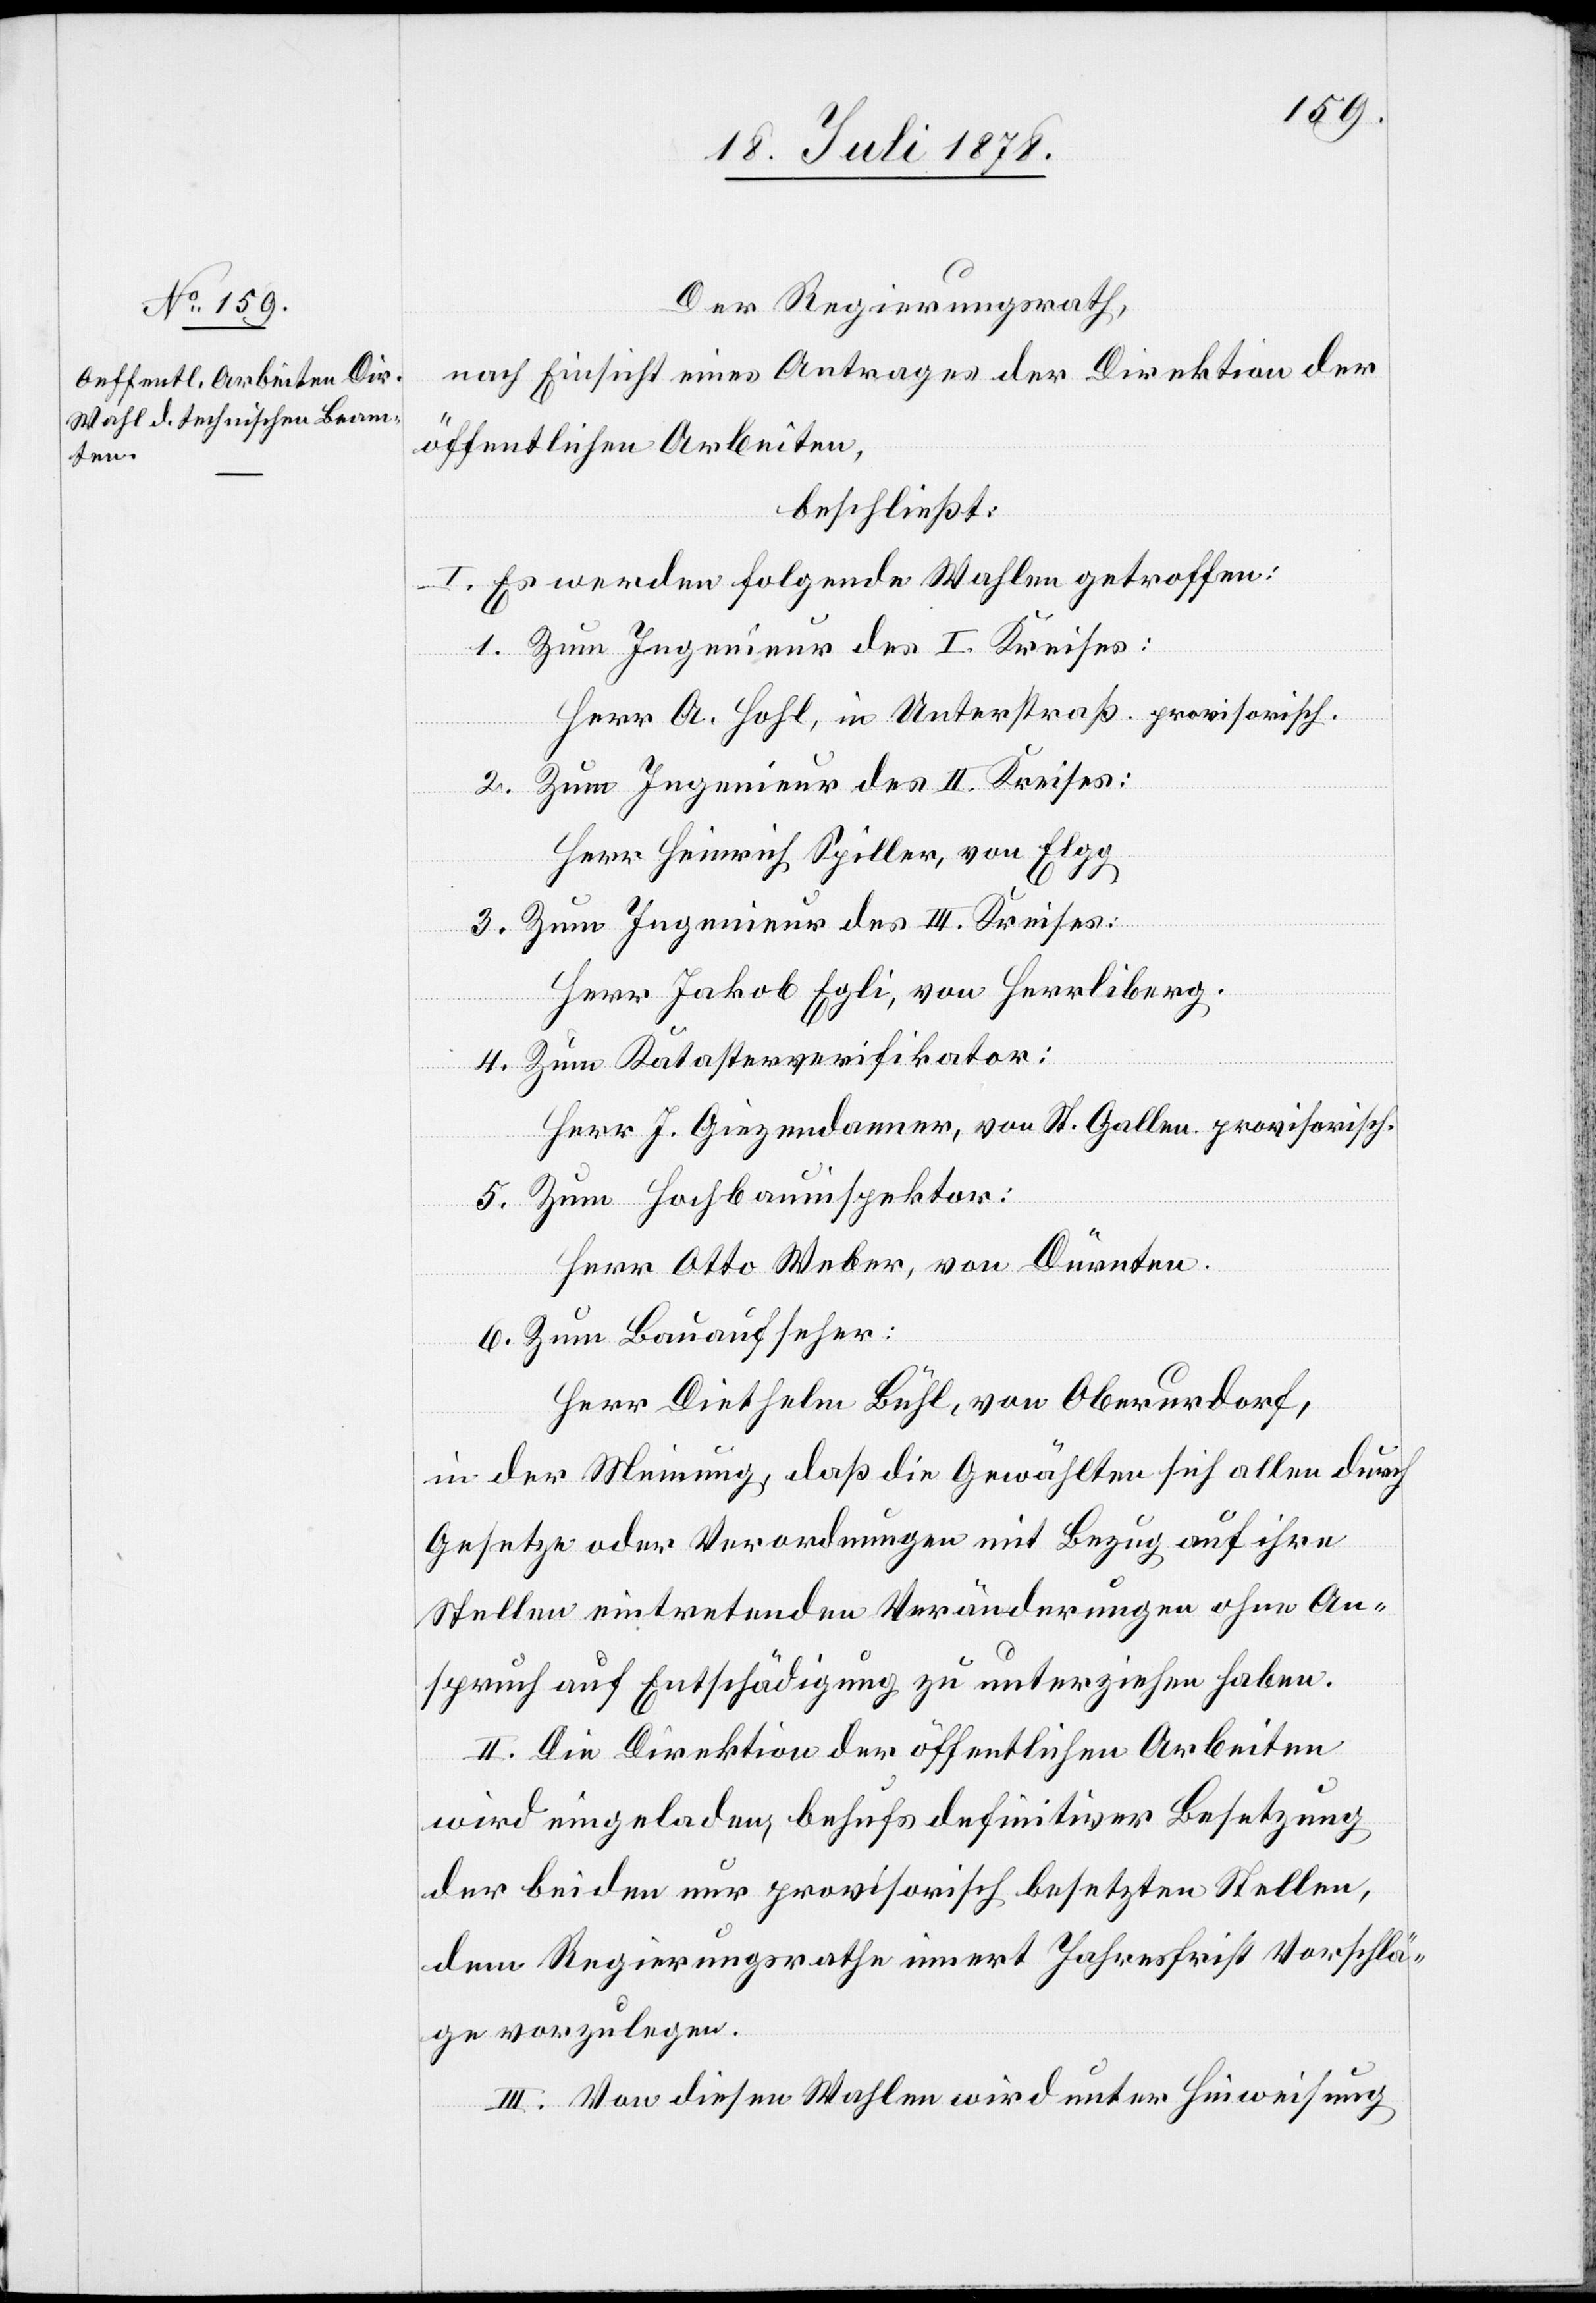
Der Regierungsrath,
nach Einsicht eines Antrages der Direktion der
öffentlichen Arbeiten,
beschließt:
I. Es werden folgende Wahlen getroffen:
1. Zum Ingenieur des I. Kreises:
Herr A. Hohl, in Unterstraß, provisorisch.
2. Zum Ingenieur des II. Kreises:
Herr Heinrich Spiller, von Elgg
3. Zum Ingenieur des III. Kreises:
Herr Jakob Egli, von Herrliberg.
4. Zum Katasterverifikator:
Herr J. Giezendanner, von St. Gallen, provisorisch.
5. Zum Hochbauinspektor:
Herr Otto Weber, von Dürnten.
6. Zum Bauaufseher:
Herr Diethelm Bühl, von Oberurdorf,
in der Meinung, daß die Gewählten sich allen durch
Gesetze oder Verordnungen mit Bezug auf ihre
Stellen eintretenden Veränderungen ohne An¬
spruch auf Entschädigung zu unterziehen haben.
II. Die Direktion der öffentlichen Arbeiten
wird eingeladen, behufs definitiver Besetzung
der beiden nur provisorisch besetzten Stellen,
dem Regierungsrathe innert Jahresfrist Vorschlä¬
ge vorzulegen.
III. Von diesen Wahlen wird unter Hinweisung